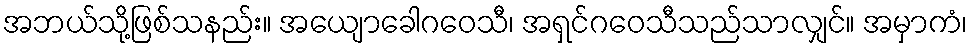
အဘယ်သို့ဖြစ်သနည်း။ အယျောခေါဂဝေသီ၊ အရှင်ဂဝေသီသည်သာလျှင်။ အမှာကံ၊